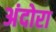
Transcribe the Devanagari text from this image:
अंदोरा